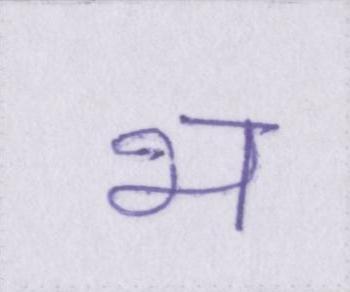
भ